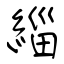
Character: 緇